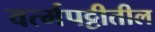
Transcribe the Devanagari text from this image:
वर्त्मपट्टीतील